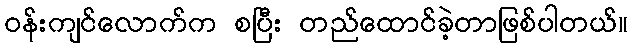
ဝန်းကျင်လောက်က စပြီး တည်ထောင်ခဲ့တာဖြစ်ပါတယ်။